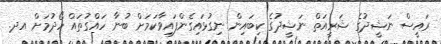
ރައީސް ނަޝީދުގެ ޝަރީއަތް ނަޝީދުގެ ކިބައިން ނިގުޅައިގެންފައިވާކަމަށް ބުނާ ހައްގުތައް ހޯދުމަށް އދ.